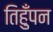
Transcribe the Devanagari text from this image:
तिहुँपन